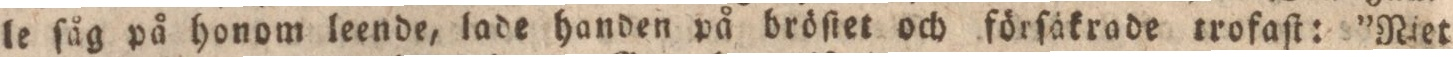
le ſåg på honom leende, lade handen på bröſiet och förſäkrade trofaſt: ”Niet